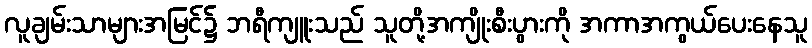
လူချမ်းသာများအမြင်၌ ဘရီကျူးသည် သူတို့အကျိုးစီးပွားကို အကာအကွယ်ပေးနေသူ